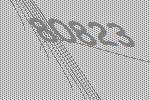
80823